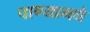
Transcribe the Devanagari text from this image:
पाण्यामधे